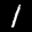
Label: 1